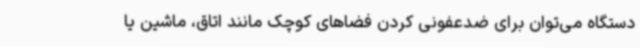
دستگاه می‌توان برای ضدعفونی کردن فضاهای کوچک مانند اتاق، ماشین یا